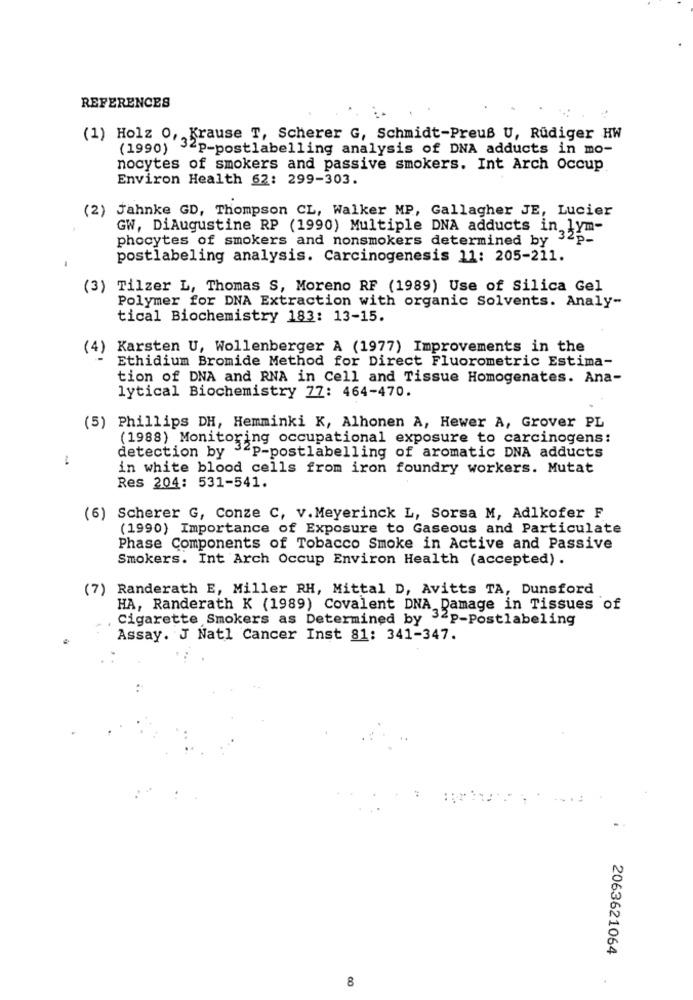
REFERENCES
(1) Holz 0, Krause T, Scherer G, Schmidt-Preus U, Rüdiger HW
(1990) 32P-postlabelling analysis of DNA adducts in mo-
nocytes of smokers and passive smokers. Int Arch Occup
Environ Health 62: 299-303.
(2) Jahnke GD, Thompson CL, Walker MP, Gallagher JE, Lucier
GW, DiAugustine RP (1990) Multiple DNA adducts in lym-
phocytes of smokers and nonsmokers determined by 32p-
postlabeling analysis. Carcinogenesis 11: 205-211.
(3) Tilzer L, Thomas S, Moreno RF (1989) Use of Silica Gel
Polymer for DNA Extraction with organic Solvents. Analy-
tical Biochemistry 183: 13-15.
(4) Karsten U, Wollenberger A (1977) Improvements in the
Ethidium Bromide Method for Direct Fluorometric Estima-
tion of DNA and RNA in Cell and Tissue Homogenates. Ana-
lytical Biochemistry 77: 464-470.
(5) Phillips DH, Hemminki K, Alhonen A, Hewer A, Grover PL
(1988) Monitoring occupational exposure to carcinogens:
detection by P-postlabelling of aromatic DNA adducts
in white blood cells from iron foundry workers. Mutat
Res 204: 531-541.
(6) Scherer G, Conze C, v.Meyerinck L, Sorsa M, Adlkofer F
(1990) Importance of Exposure to Gaseous and Particulate
Phase Components of Tobacco Smoke in Active and Passive
Smokers. Int Arch Occup Environ Health (accepted).
(7) Randerath E, Miller RH, Mittal D, Avitts TA, Dunsford
HA, Randerath K (1989) Covalent DNA Damage in Tissues of
Cigarette Smokers as Determined by 3-P-Postlabeling
Assay. J Natl Cancer Inst 81: 341-347.
2063621064
8